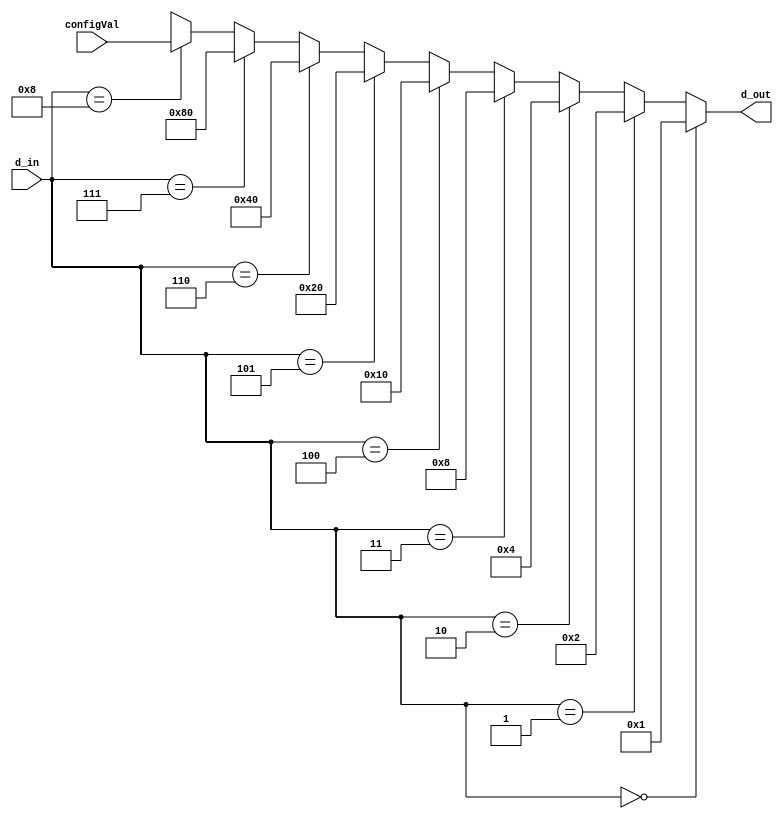
`timescale 1ns / 1ps
//////////////////////////////////////////////////////////////////////////////////
// Company: 
// Engineer: 
// 
// Design Name: 
// Module Name: 416decoder
// Project Name: 
// Target Devices: 
// Tool Versions: 
// Description: 
// 
// Dependencies: 
// 
// Revision:
// Revision 0.01 - File Created
// Additional Comments:
// 
//////////////////////////////////////////////////////////////////////////////////


module decoder48(d_out, d_in,configVal);

   output [7:0] d_out;
   input [3:0]   d_in;
   input [7:0] configVal;
   parameter tmp = 8'b00000001;

assign d_out = (d_in == 4'b0000) ? tmp   :
               (d_in == 4'b0001) ? tmp<<1:
               (d_in == 4'b0010) ? tmp<<2:
               (d_in == 4'b0011) ? tmp<<3:
               (d_in == 4'b0100) ? tmp<<4:
               (d_in == 4'b0101) ? tmp<<5:
               (d_in == 4'b0110) ? tmp<<6:
               (d_in == 4'b0111) ? tmp<<7:
               (d_in == 4'b1000) ? configVal: 8'bxxxxxxxx;

endmodule